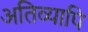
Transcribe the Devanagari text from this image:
अतिव्यापि